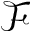
\mathcal F